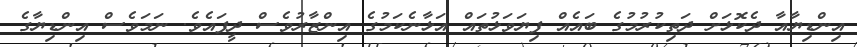
އިންޑިޔާއާ ދެކޮޅަށް ދަތިކުރުމުގެ ބައެއް ފިޔަވަޅުތައް އަޅާނެކަމުގެ އިންޒާރުވެސް ދީފައެވެ. ނަމަވެސް އިންޑިޔާގެ